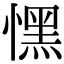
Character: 𢡀